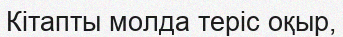
Кітапты молда теріс оқыр,